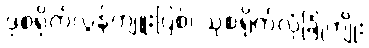
ဒုစရိုက်လွန်ကျူးပြစ်၊ သုစရိုက်လုံခြုံကျိုး